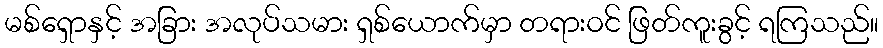
မစ်ရှောနှင့် အခြား အလုပ်သမား ရှစ်ယောက်မှာ တရားဝင် ဖြတ်ကူးခွင့် ရကြသည်။